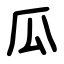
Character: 瓜